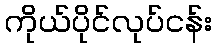
ကိုယ်ပိုင်လုပ်ငန်း